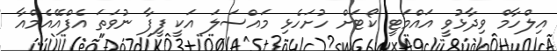
އިލްހާމް ވިދާޅުވީ އައްމަޓީ ކޯޓަށް ހުށަހެޅި މައްސަލަ އަކީ ފީފާ ނުވަތަ އެފްއޭއެމްއާ